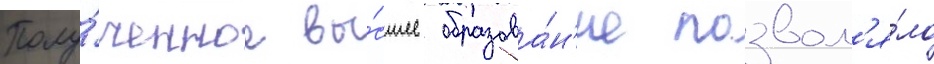
Полу́ченное вы́сшее образова́н'ие позвол'я́ло